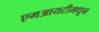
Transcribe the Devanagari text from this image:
एमआयटीमधून